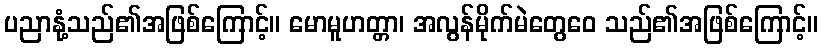
ပညာနုံ့သည်၏အဖြစ်ကြောင့်။ မောမူဟတ္တာ၊ အလွန်မိုက်မဲတွေဝေ သည်၏အဖြစ်ကြောင့်။